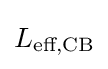
L_{\text{eff,CB}}